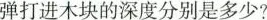
弹打进木块的深度分别是多少?